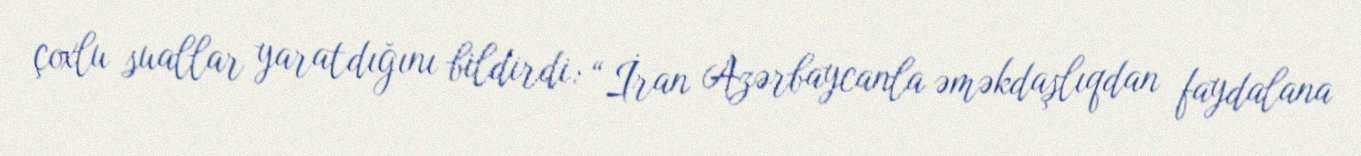
çoxlu suallar yaratdığını bildirdi: “İran Azərbaycanla əməkdaşlıqdan faydalana